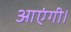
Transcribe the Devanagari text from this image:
आएंगी।